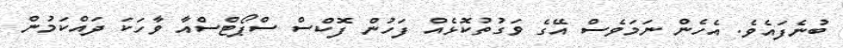
ބުނެފައެވެ. އެހެން ނަމަވެސް އޭގެ ވަގުތުކޮޅެއް ފަހުން ފޮކްސް ސްޕޯޓްސްއާ ވާހަކަ ދައްކަމުން